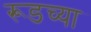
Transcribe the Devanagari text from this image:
रूडच्या